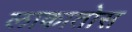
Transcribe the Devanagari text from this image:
लाकातोस